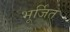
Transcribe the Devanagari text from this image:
भूर्जित